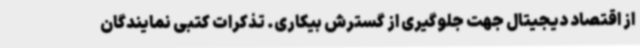
از اقتصاد دیجیتال جهت جلوگیری از گسترش بیکاری. تذکرات کتبی نمایندگان